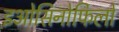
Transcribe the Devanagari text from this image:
इओसिनोफिलों